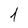
Character: 1